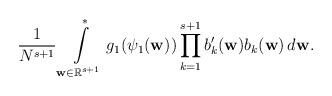
LaTeX: \begin{align*}\frac{1}{N^{s+1}}\int\limits_{\mathbf{w} \in\mathbb{R}^{s+1}} ^* g_1(\psi_1(\mathbf{w})) \prod\limits_{k=1}^{s+1} b_k^\prime(\mathbf{w}) b_k(\mathbf{w})\, d\mathbf{w}.\end{align*}